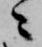
ニ